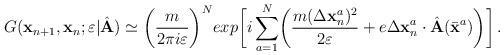
LaTeX: \begin{align*}G( {\bf x}_{n+1}, {\bf x}_n;\varepsilon\vert {\hat{\bf A}})\simeq\biggl({m\over{2\pi i\varepsilon}}\biggr)^Nexp\biggl[ i\sum_{a=1}^N \biggl({m(\Delta {\bf x}^a_{n})^2\over2\varepsilon}+ e\Delta {\bf x}^a_{n}\cdot {\hat{\bf A}}({\bar{\bf x}}^a)\biggr)\biggr]\,.\end{align*}